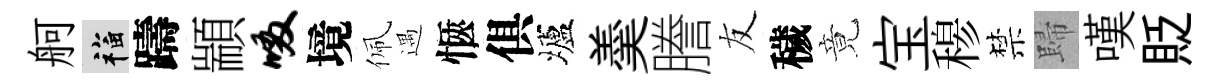
舸福躊顓啜境佩遇愜俱壚羮謄友穢竟宝𥠇禁歸嘆貶